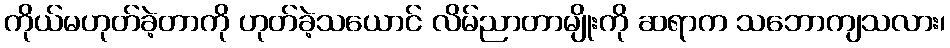
ကိုယ်မဟုတ်ခဲ့တာကို ဟုတ်ခဲ့သယောင် လိမ်ညာတာမျိုးကို ဆရာက သဘောကျသလား၊